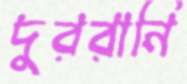
দুররানি